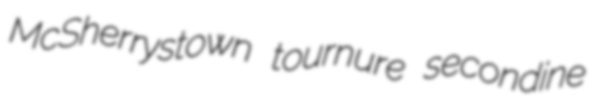
McSherrystown tournure secondine